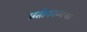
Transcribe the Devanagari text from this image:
प्रतीकान्मक्ता